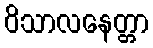
ဝိသာလနေတ္တာ